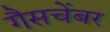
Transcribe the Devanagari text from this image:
गैसचेंबर